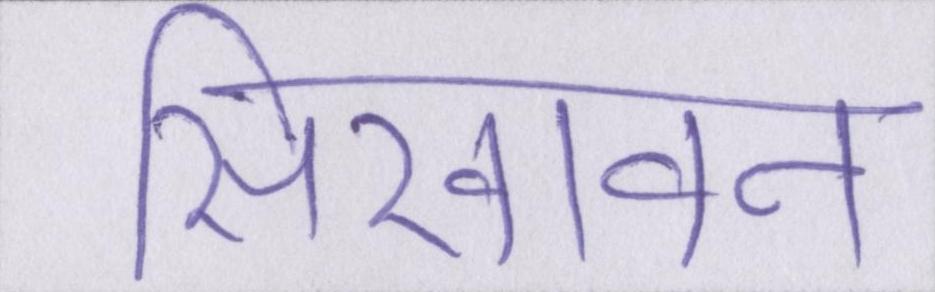
सिखावन